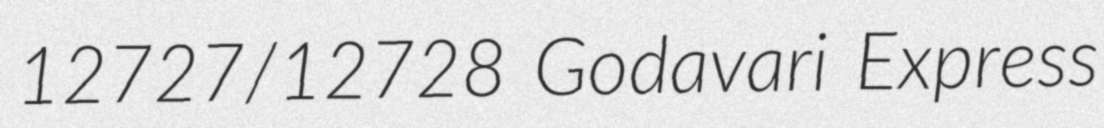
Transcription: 12727/12728 Godavari Express